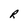
Character: R